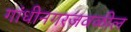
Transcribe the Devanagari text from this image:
गांधीनगरजवळील